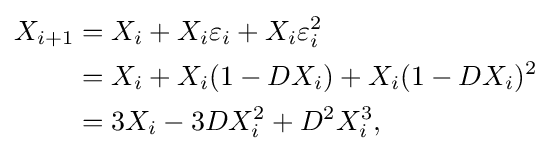
{\begin{aligned}X_{i+1}&=X_{i}+X_{i}\varepsilon _{i}+X_{i}\varepsilon _{i}^{2}\\&=X_{i}+X_{i}(1-DX_{i})+X_{i}(1-DX_{i})^{2}\\&=3X_{i}-3DX_{i}^{2}+D^{2}X_{i}^{3},\end{aligned}}